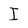
Character: I